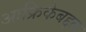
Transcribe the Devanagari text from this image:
आफ्रिकेबद्दल